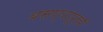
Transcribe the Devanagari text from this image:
बसण्यापूर्वी